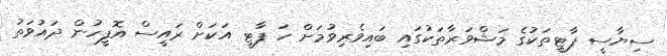
ސިޔާސީ ޕާޓީތަކުގެ މަޝްވަރާތަކުގައި ބައިވެރިވުމަށް ހަ ޕާޓީ އަކަށް ރައީސް އޮފީހުން ދައުވަތު